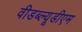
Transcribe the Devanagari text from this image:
वीडब्ल्यूडीएम